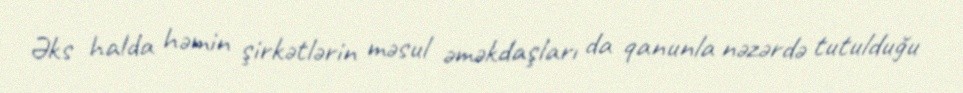
Əks halda həmin şirkətlərin məsul əməkdaşları da qanunla nəzərdə tutulduğu